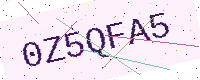
Text: 0Z5QFA5